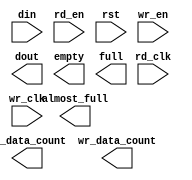
module async_144x256_fifo(
	din,
	rd_clk,
	rd_en,
	rst,
	wr_clk,
	wr_en,
	almost_full,
	dout,
	empty,
	full,
	rd_data_count,
	wr_data_count);


input [143 : 0] din;
input rd_clk;
input rd_en;
input rst;
input wr_clk;
input wr_en;
output almost_full;
output [71 : 0] dout;
output empty;
output full;
output [8 : 0] rd_data_count;
output [7 : 0] wr_data_count;

// synthesis translate_off

      FIFO_GENERATOR_V4_2 #(
		.C_COMMON_CLOCK(0),
		.C_COUNT_TYPE(0),
		.C_DATA_COUNT_WIDTH(8),
		.C_DEFAULT_VALUE("BlankString"),
		.C_DIN_WIDTH(144),
		.C_DOUT_RST_VAL("0"),
		.C_DOUT_WIDTH(72),
		.C_ENABLE_RLOCS(0),
		.C_FAMILY("virtex2p"),
		.C_FULL_FLAGS_RST_VAL(1),
		.C_HAS_ALMOST_EMPTY(0),
		.C_HAS_ALMOST_FULL(1),
		.C_HAS_BACKUP(0),
		.C_HAS_DATA_COUNT(0),
		.C_HAS_INT_CLK(0),
		.C_HAS_MEMINIT_FILE(0),
		.C_HAS_OVERFLOW(0),
		.C_HAS_RD_DATA_COUNT(1),
		.C_HAS_RD_RST(0),
		.C_HAS_RST(1),
		.C_HAS_SRST(0),
		.C_HAS_UNDERFLOW(0),
		.C_HAS_VALID(0),
		.C_HAS_WR_ACK(0),
		.C_HAS_WR_DATA_COUNT(1),
		.C_HAS_WR_RST(0),
		.C_IMPLEMENTATION_TYPE(2),
		.C_INIT_WR_PNTR_VAL(0),
		.C_MEMORY_TYPE(1),
		.C_MIF_FILE_NAME("BlankString"),
		.C_OPTIMIZATION_MODE(0),
		.C_OVERFLOW_LOW(0),
		.C_PRELOAD_LATENCY(0),
		.C_PRELOAD_REGS(1),
		.C_PRIM_FIFO_TYPE("512x72"),
		.C_PROG_EMPTY_THRESH_ASSERT_VAL(4),
		.C_PROG_EMPTY_THRESH_NEGATE_VAL(5),
		.C_PROG_EMPTY_TYPE(0),
		.C_PROG_FULL_THRESH_ASSERT_VAL(253),
		.C_PROG_FULL_THRESH_NEGATE_VAL(252),
		.C_PROG_FULL_TYPE(0),
		.C_RD_DATA_COUNT_WIDTH(9),
		.C_RD_DEPTH(512),
		.C_RD_FREQ(1),
		.C_RD_PNTR_WIDTH(9),
		.C_UNDERFLOW_LOW(0),
		.C_USE_DOUT_RST(1),
		.C_USE_ECC(0),
		.C_USE_EMBEDDED_REG(0),
		.C_USE_FIFO16_FLAGS(0),
		.C_USE_FWFT_DATA_COUNT(0),
		.C_VALID_LOW(0),
		.C_WR_ACK_LOW(0),
		.C_WR_DATA_COUNT_WIDTH(8),
		.C_WR_DEPTH(256),
		.C_WR_FREQ(1),
		.C_WR_PNTR_WIDTH(8),
		.C_WR_RESPONSE_LATENCY(1))
	inst (
		.DIN(din),
		.RD_CLK(rd_clk),
		.RD_EN(rd_en),
		.RST(rst),
		.WR_CLK(wr_clk),
		.WR_EN(wr_en),
		.ALMOST_FULL(almost_full),
		.DOUT(dout),
		.EMPTY(empty),
		.FULL(full),
		.RD_DATA_COUNT(rd_data_count),
		.WR_DATA_COUNT(wr_data_count),
		.CLK(),
		.INT_CLK(),
		.BACKUP(),
		.BACKUP_MARKER(),
		.PROG_EMPTY_THRESH(),
		.PROG_EMPTY_THRESH_ASSERT(),
		.PROG_EMPTY_THRESH_NEGATE(),
		.PROG_FULL_THRESH(),
		.PROG_FULL_THRESH_ASSERT(),
		.PROG_FULL_THRESH_NEGATE(),
		.RD_RST(),
		.SRST(),
		.WR_RST(),
		.ALMOST_EMPTY(),
		.DATA_COUNT(),
		.OVERFLOW(),
		.PROG_EMPTY(),
		.PROG_FULL(),
		.VALID(),
		.UNDERFLOW(),
		.WR_ACK(),
		.SBITERR(),
		.DBITERR());


// synthesis translate_on

endmodule